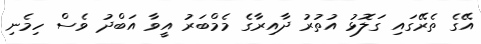
އޭގެ ތެރޭގައި ގަލޮޅު އުތުރު ދާއިރާގެ މެމްބަރު އީވާ އަބްދު ވެސް ހިމެނި